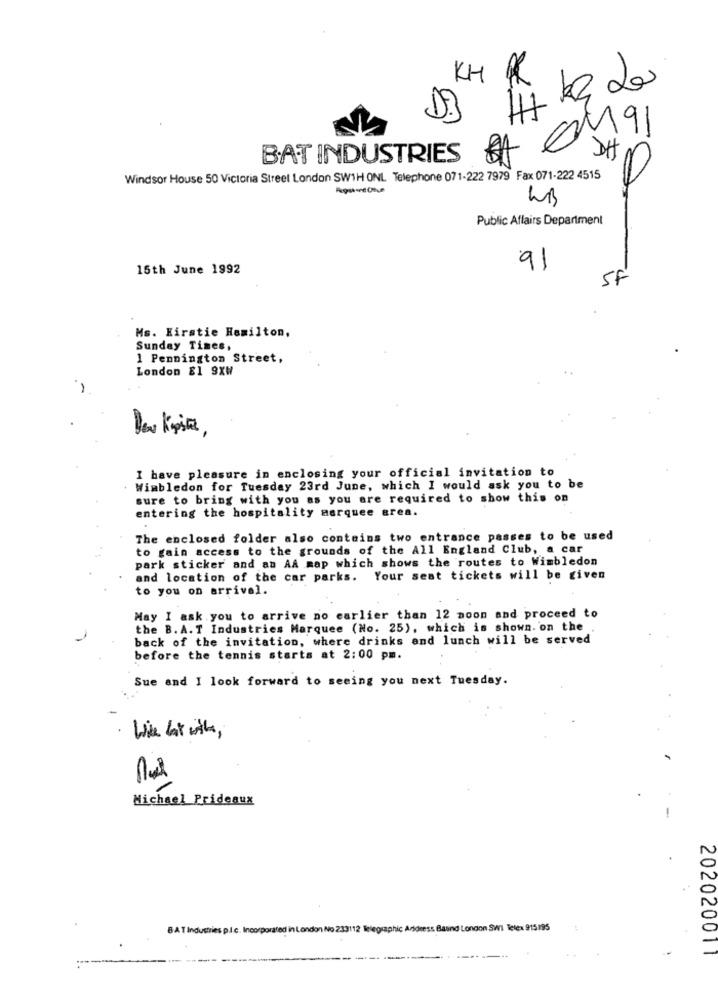
KH
0191
BAT INDUSTRIES BA
Windsor House 50 Victoria Street London SW1H ONL Telephone 071-222 7979 Fax 071-222 4515
Public Affairs Department
15th June 1992
91
SF
Ms. Kirstie Hamilton,
Sunday Times,
1 Pennington Street,
London E1 9XW
I have pleasure in enclosing your official invitation to
Wimbledon for Tuesday 23rd June, which I would ask you to be
sure to bring with you as you are required to show this on
entering the hospitality marquee area.
The enclosed folder also contains two entrance passes to be used
to gain access to the grounds of the All England Club, a car
park sticker and an AA map which shows the routes to Wimbledon
and location of the car parks. Your seat tickets will be given
to you on arrival.
May I ask you to arrive no earlier than 12 noon and proceed to
the B. A. T Industries Marquee (No. 25), which is shown. on the
back of the invitation, where drinks and lunch will be served
before the tennis starts at 2:00 pm.
Sue and I look forward to seeing you next Tuesday.
Wie hat with ,
C
Michael Prideaux
8 AT Industries p.J.c. Incorporated in London No 233112 Telegraphic Aridress Basind London SW1 Telex 915195
------
202020011